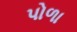
પોળા